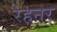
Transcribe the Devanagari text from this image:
रेहनर